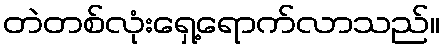
တဲတစ်လုံးရှေ့ရောက်လာသည်။